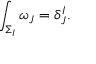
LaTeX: \int _ { \Sigma _ { I } } \omega _ { J } = \delta _ { J } ^ { I } .